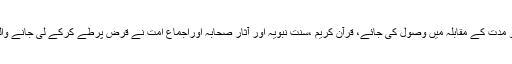
(2) ربا النسیئہ: یعنی وہ زیادتی جو مدت کے مقابلہ میں وصول کی جائے، قرآنِ کریم ،سنتِ نبویہ اور آثارِ صحابہ اوراجماعِ امت نے قرض پرطے کرکے لی جانے والی ہرزیادتی کو ’’ربوا‘‘قراردیاہے۔